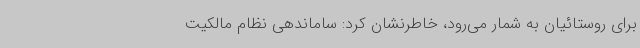
برای روستائیان به شمار می‌رود، خاطرنشان کرد: ساماندهی نظام مالکیت